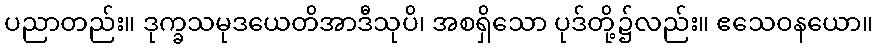
ပညာတည်း။ ဒုက္ခသမုဒယေတိအာဒီသုပိ၊ အစရှိသော ပုဒ်တို့၌လည်း။ ဧသေဝနယော။